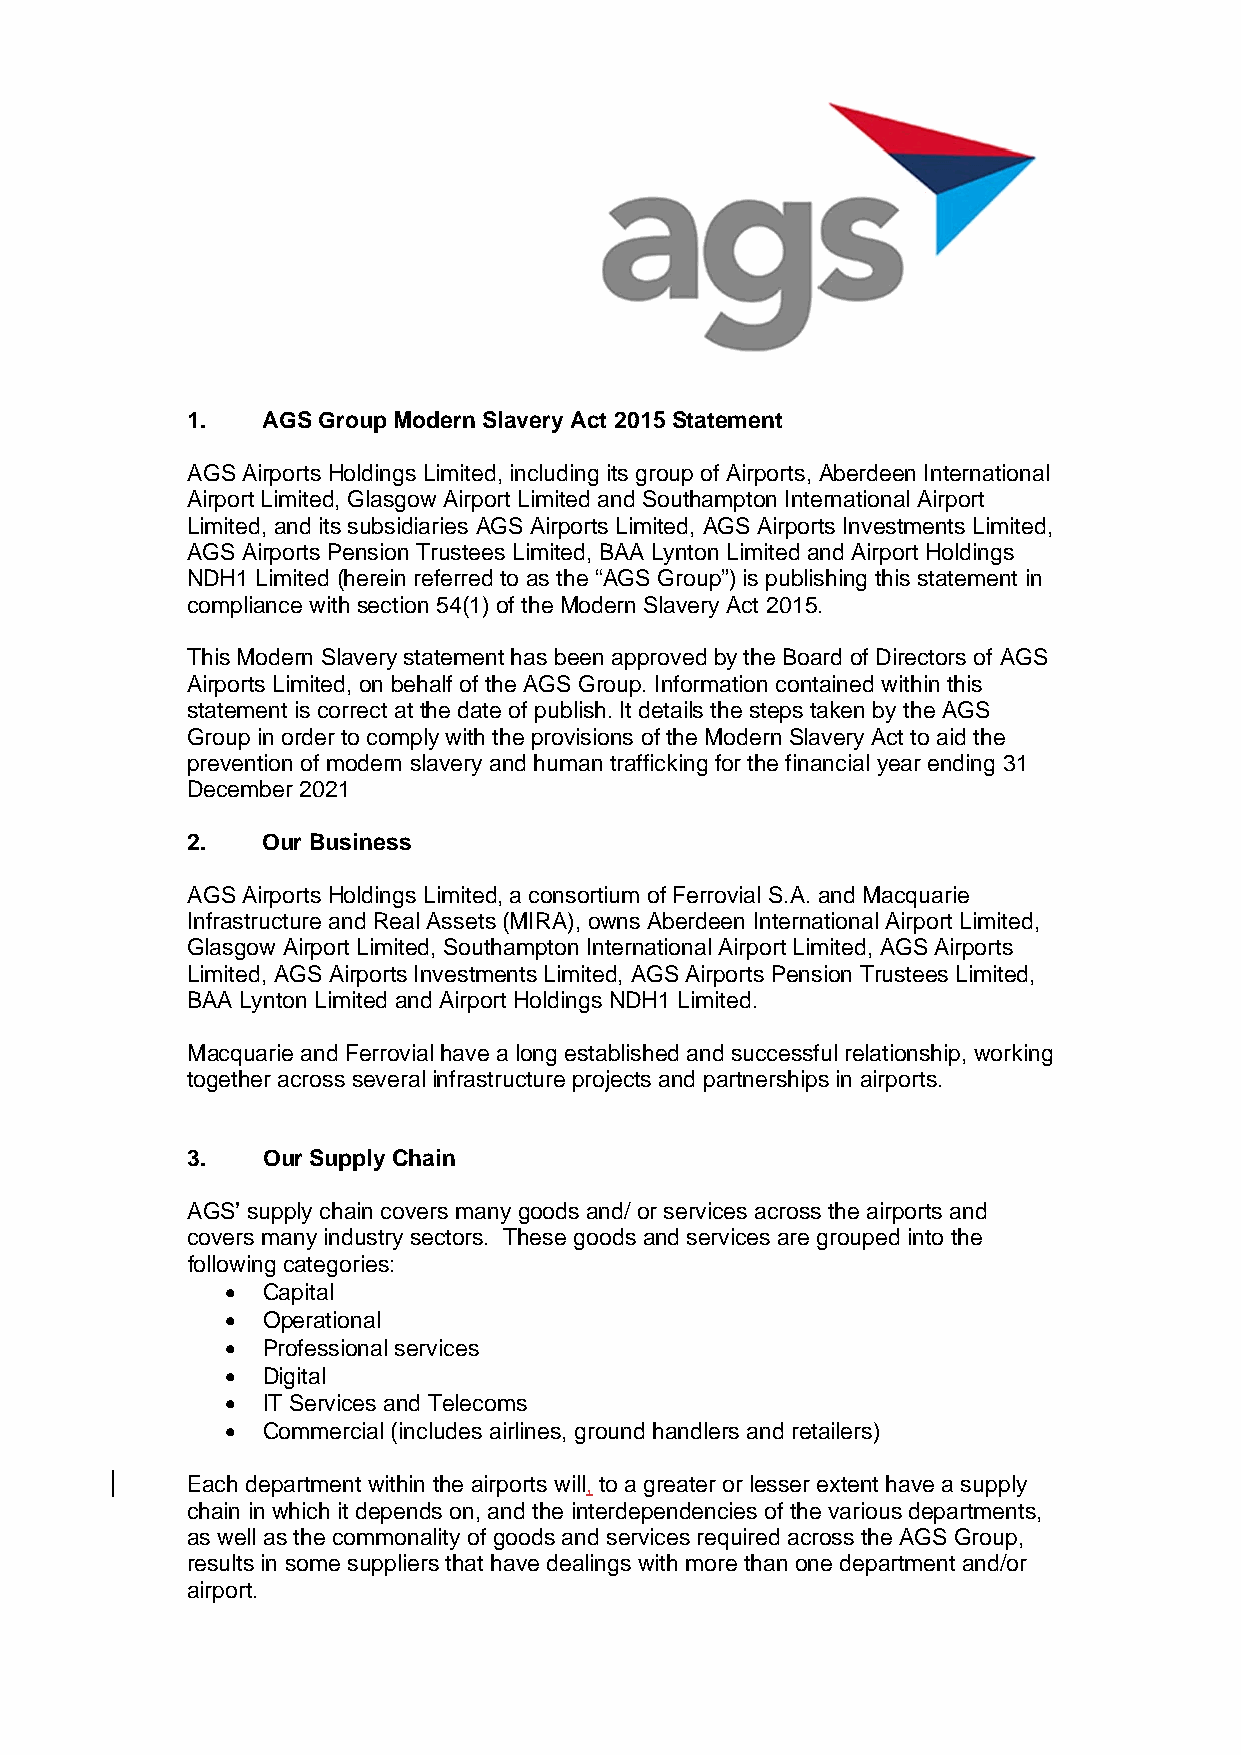
1.   AGS Group Modern Slavery Act 2015 Statement
 AGS Airports Holdings Limited, including its group of Airports, Aberdeen International
 Airport Limited, Glasgow Airport Limited and Southampton International Airport
 Limited, and its subsidiaries AGS Airports Limited, AGS Airports Investments Limited,
 AGS Airports Pension Trustees Limited, BAA Lynton Limited and Airport Holdings
 NDH1 Limited (herein referred to as the “AGS Group”) is publishing this statement in
 compliance with section 54(1) of the Modern Slavery Act 2015.
 This Modern Slavery statement has been approved by the Board of Directors of AGS
 Airports Limited, on behalf of the AGS Group. Information contained within this
 statement is correct at the date of publish. It details the steps taken by the AGS
 Group in order to comply with the provisions of the Modern Slavery Act to aid the
 prevention of modern slavery and human trafficking for the financial year ending 31
 December 2021
 2.   Our Business
 AGS Airports Holdings Limited, a consortium of Ferrovial S.A. and Macquarie
 Infrastructure and Real Assets (MIRA), owns Aberdeen International Airport Limited,
 Glasgow Airport Limited, Southampton International Airport Limited, AGS Airports
 Limited, AGS Airports Investments Limited, AGS Airports Pension Trustees Limited,
 BAA Lynton Limited and Airport Holdings NDH1 Limited.
 Macquarie and Ferrovial have a long established and successful relationship, working
 together across several infrastructure projects and partnerships in airports.
 3.   Our Supply Chain
 AGS’ supply chain covers many goods and/ or services across the airports and
 covers many industry sectors. These goods and services are grouped into the
 following categories:
 • Capital
 • Operational
 • Professional services
 • Digital
 • IT Services and Telecoms
 • Commercial (includes airlines, ground handlers and retailers)
 Each department within the airports will, to a greater or lesser extent have a supply
 chain in which it depends on, and the interdependencies of the various departments,
 as well as the commonality of goods and services required across the AGS Group,
 results in some suppliers that have dealings with more than one department and/or
 airport.